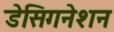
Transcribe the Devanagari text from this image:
डेसिगनेशन